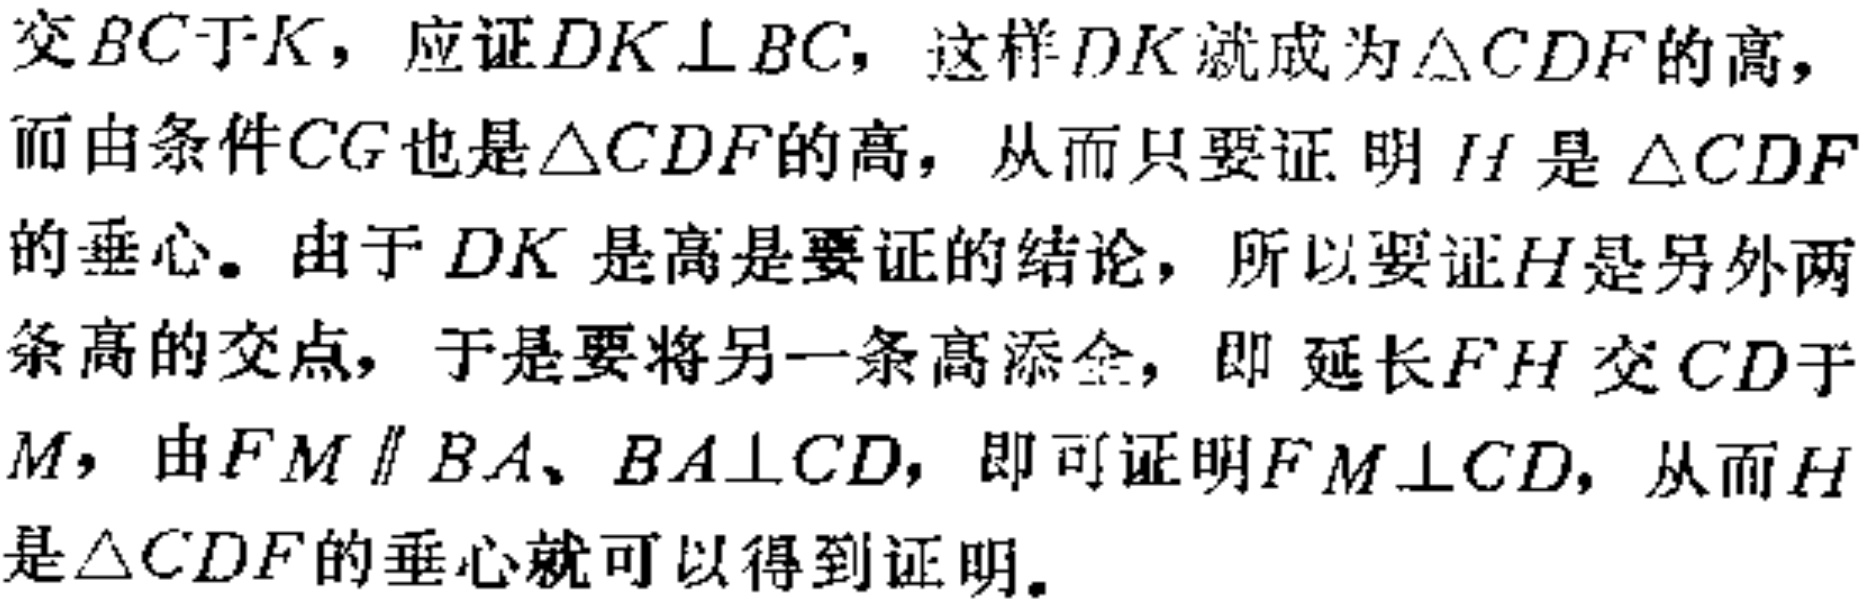
交$BC$于$K$，应证$DK\perp BC$，这样$DK$就成为$\triangle CDF$的高，而由条件$CG$也是$\triangle CDF$的高，从而只要证明$H$是$\triangle CDF$的垂心。由于$DK$是高是要证的结论，所以要证$H$是另外两条高的交点，于是要将另一条高添全，即 延长$FH$交$CD$于$M$，由$FM\parallel BA$、$BA\perp CD$，即可证明$FM\perp CD$，从而$H$是$\triangle CDF$的垂心就可以得到证明。